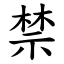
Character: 禁